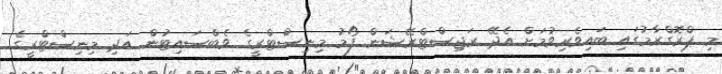
މި ޕްރޮގްރާމުގައި ބައިވެރިވުމަށް އެދޭ ރަޖިސްޓްރޭޝަން ފޯމު މިނިސްޓްރީގެ ވެބްސައިޓުން އަދި މިނިސްޓްރީގެ